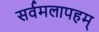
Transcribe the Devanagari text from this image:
सर्वमलापहम्